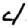
Digit: 4